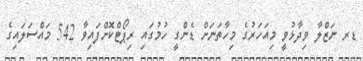
ޑރ ނަޒްލާ ވިދާޅުވީ މިއަހަރުގެ މިހާތަނަށް ޑެންގީ ހުމުގައި ރިޕޯޓްކޮށްފައިވާ 542 މައްސަލައިގެ